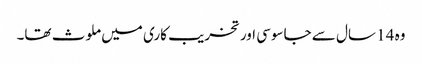
وہ 14 سال سے جاسوسی اور تخریب کاری میں ملوث تھا۔